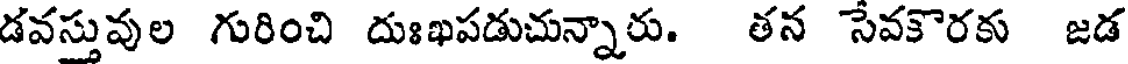
డవస్తువుల గురించి దుఃఖపడుచున్నారు. తన సేవకొరకు జడ